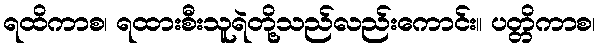
ရထိကာစ၊ ရထားစီးသူရဲတို့သည်လည်းကောင်း။ ပတ္တိကာစ၊